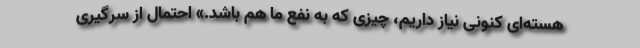
هسته‌ای کنونی نیاز داریم، چیزی که به نفع ما هم باشد.» احتمال از سرگیری